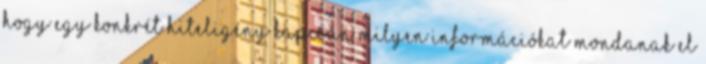
hogy egy konkrét hiteligény kapcsán milyen információkat mondanak el